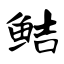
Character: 鲒